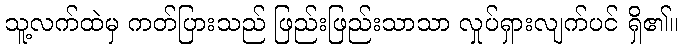
သူ့လက်ထဲမှ ကတ်ပြားသည် ဖြည်းဖြည်းသာသာ လှုပ်ရှားလျက်ပင် ရှိ၏။